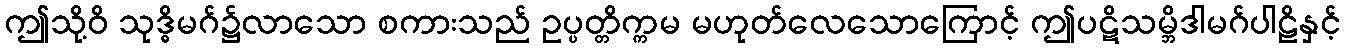
ဤသို့ဝိ သုဒ္ဓိမဂ်၌လာသော စကားသည် ဥပ္ပတ္တိက္ကမ မဟုတ်လေသောကြောင့် ဤပဋိသမ္ဘိဒါမဂ်ပါဠိနှင့်